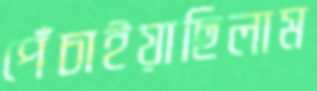
পেঁচাইয়াছিলাম